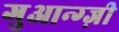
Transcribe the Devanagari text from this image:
गुआन्ग्ज़ी